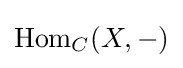
\operatorname {Hom} _{C}(X,-)